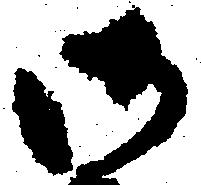
御